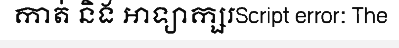
កាត់ និង អាទ្យាក្សរScript error: The